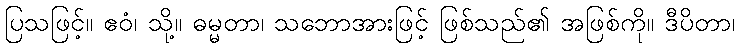
ပြသဖြင့်။ ဧဝံ၊ သို့။ ဓမ္မတာ၊ သဘောအားဖြင့် ဖြစ်သည်၏ အဖြစ်ကို။ ဒီပိတာ၊